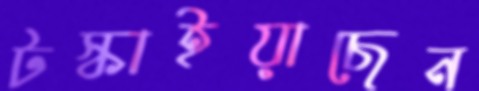
টস্‌কাইয়াছেন